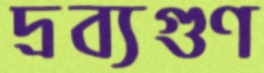
দ্রব্যগুণ